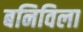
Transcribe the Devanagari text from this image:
बनिविला